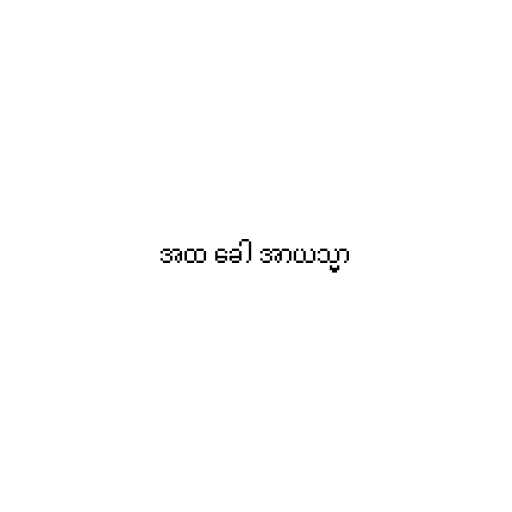
အထ ခေါ အာယသ္မာ